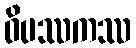
ဝိပဿကဿ